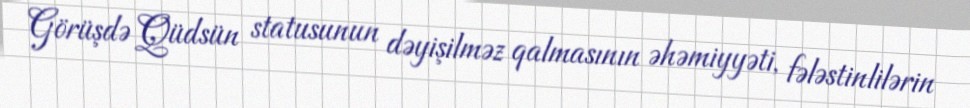
Görüşdə Qüdsün statusunun dəyişilməz qalmasının əhəmiyyəti, fələstinlilərin